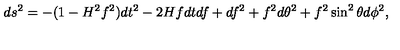
d s ^ { 2 } = - ( 1 - H ^ { 2 } f ^ { 2 } ) d t ^ { 2 } - 2 H f d t d f + d f ^ { 2 } + f ^ { 2 } d \theta ^ { 2 } + f ^ { 2 } \sin ^ { 2 } \theta d \phi ^ { 2 } ,